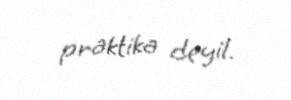
praktika deyil.